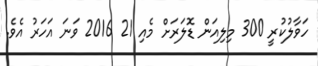
ހަވާލުކުރީ 300 މިލިއަން ޑޮލަރަށް މެއި 21 2016 ވަނަ އަހަރު އެވެ.